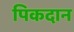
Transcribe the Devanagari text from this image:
पिकदान